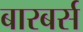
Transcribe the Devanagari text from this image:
बारबर्स